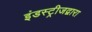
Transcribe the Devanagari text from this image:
इंडस्ट्रीजद्वारा